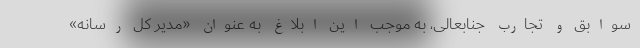
سوابق و تجارب جنابعالی، به موجب این ابلاغ به عنوان «مدیر کل رسانه»